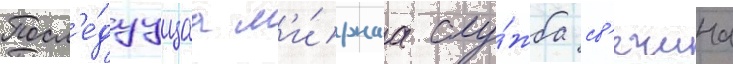
Посл'е́дуущаа м'и́рнаа слу́жба св'ечина